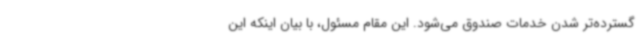
گسترده‌تر شدن خدمات صندوق می‌شود. این مقام مسئول، با بیان اینکه این